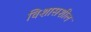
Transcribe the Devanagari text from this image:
विशासशील